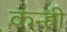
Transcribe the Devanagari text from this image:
कन्ही